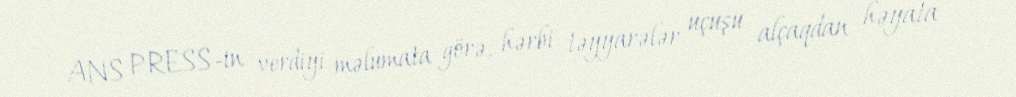
ANS PRESS-in verdiyi məlumata görə, hərbi təyyarələr uçuşu alçaqdan həyata